Notes on vaccination in the North-West Frontier Province 1923-1928 - 1923-1928
Year: 1923
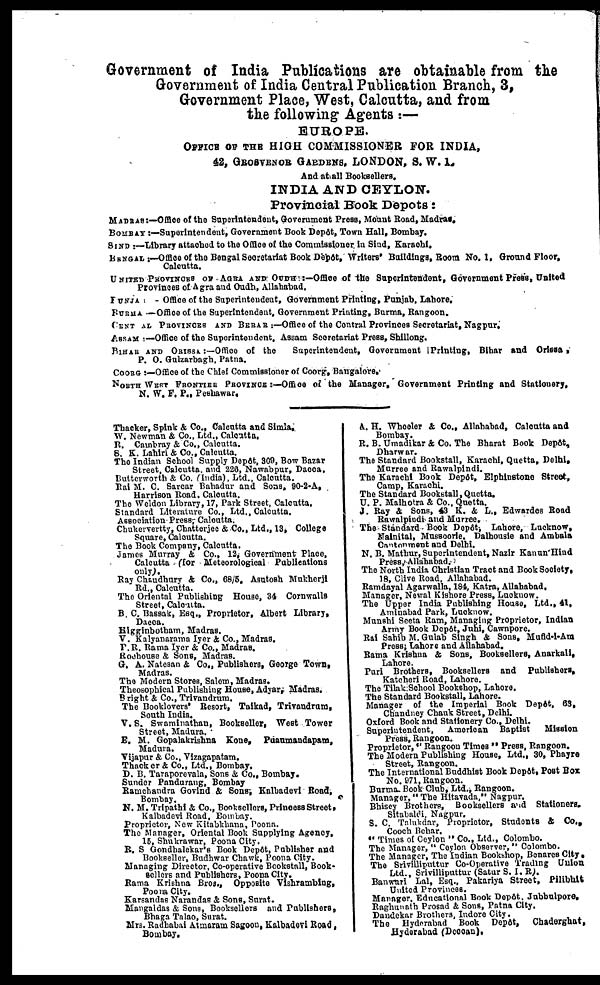
Government of India Publications are obtainable from the
Government of India Central Publication Branch, 3,
Government Place, West, Calcutta, and from
the following Agents :—
EUROPE.
OFFICE OF THE HIGH COMMISSIONER FOR INDIA,
42, GROSVERNOR GARDENS, LONDON, S. W. l.
And at all Booksellers.
INDIA AND CEYLON.
Provincial Book Depots:
MADRAS:—Office of the Superintendent, Government Press, Mount Road, Madras.
BOMBAY :—Superintendent, Government Book Depôt, Town Hall, Bombay.
SIND :—Library attached to the Office of the Commissioner in Sind, Karachi.
BENGAL—Office of the Bengal Secretariat Book Depôt, Writers' Buildings, Boom No. 1, Ground Floor,
Calcutta.
UNITED PROVINCES OF AGRA AND OUND:—Office of the Superintendent, Government Press, United
Provinces of Agra and Oudh, Allahabad.
PUNJAB:— Office of the Superintendent, Government Printing, Punjab, Lahore,
BURMA:—Office of the Superintendent, Government Printing, Burma, Rangoon.
CENTRAL PROVINCES AND BERAR :—Office of the Central Provinces Secretariat, Nagpur,
ASSAM:—Office of the Superintendent. Assam Secretariat Press, Shillong.
BIHAR AND ORISSA :—Office of the
Superintendent, Government Printing, Bihar and Orissa,
P. O. Gulzarbagh, Patna.
COORG :—Office of the Chief Commissioner of Coorg, Bangalore.
NORTH WEST FRONTIER PROVINCE :—Office of the Manager, Government Printing and Stationery,
N. W. F. P., Peshawar.
Thacker, Spink & Co., Calcutta and Simla.
W. Newman & Co., Ltd., Calcutta,
It. Cambray & Co., Calcutta.
S. K. Lahiri & Co., Calcutta.
The Indian School Supply Depôt, 309, Bow Bazar
Street, Calcutta and 226, Nawabpur, Dacca.
Butterworth & Co. (India), Ltd., Calcutta.
Rai M. C. Sarcar Bahadur and Sons. 90-2-A,
Harrison Road. Calcutta.
The Weldon Library, 17, Park Street, Calcutta.
Standard Literature Co., Ltd., Calcutta.
Association Press, Calcutta.
Chukervertty, Chatterjee & Co., Ltd., 13, College
Square, Calcutta.
The Book Company, Calcutta.
James Murray & Co., 12, Government Place,
Calcutta (for Meteorological Publications
only).
Ray Chaudhury & Co., 68/5, Asutosh Mukherji
Rd., Calcutta.
The Oriental Publishing House, 34 Cornwalls
Street, Calcutta.
B. C. Bassak, Esq., Proprietor, Albert Library,
Dacca.
Higginbotham, Madras.
V. Kalyanarama Iyer & Co., Madras.
P.R. Rama Iyer & Co., Madras.
Rochouse & Sons, Madras.
G. A. Natesan & Co., Publishers, George Town,
Madras.
The Modern Stores, Salem, Madras.
Theosophical Publishing House, Adyar, Madras.
Bright & Co., Trivandrum.
The Booklovers' Resort, Talkad, Trivandrum,
South India.
V. S. Swaminathan, Bookseller, West Tower
Street, Madura.
E. M. Gopalakrishna Kone, Pdaumandapam,
Madura.
Vijapur & Co., Vizagapatam.
Thacker & Co., Ltd., Bombay.
D. B. Taraporevala, Sons & Co., Bombay.
Sunder Pandurang, Bombay
Ramchandra Govind & Sons, Kalbadevi Road,
Bombay.
N. M. Tripathi & Co., Booksellers, Princess Street,
Kalbadevi Road, Bombay.
Proprietor, New Kitabkhana, Poona.
The Manager, Oriental Book Supplying Agency,
15, Shukrawar, Poona City.
R. S Gondhalekar's Book Depôt, Publisher and
Bookseller, Budhwar Chawk, Poona City.
Managing Director, Co-operative Bookstall, Book-
sellers and Publishers, Poona City.
Rama Krishna Bros., Opposite Vishrambing,
Poona City.
Karsandas Narandas & Sons, Surat.
Mangaldas & Sons, Booksellers and Publishers,
Bhaga Talao, Surat.
Mrs. Radhabai Atmaram Sagoon, Kalbadevi Road,
Bombay.
A. H. Wheeler & Co., Allahabad, Calcutta and
Bombay.
R. B. Umadikar & Co. The Bharat Book Depôt,
Dharwar.
The Standard Bookstall, Karachi, Quetta, Delhi,
Murree and Rawalpindi.
The Karachi Book Depôt, Elphinstone Street,
Camp, Karachi.
The Standard Bookstall,Quctta.
U. P. Malhotra & Co., Quetta.
J. Ray & Sons, 43 K. & L., Edwardes Road
Rawalpindi and Murree.
The-Standard Book Depôt, Lahore, Lucknow,
Nainital, Mussoorie. Dalhousie and Ambala
Cantonment and Delhi.
N. B. Mathur, Superintendent, Nazir Kanun Hind
Press, Allahabad.
The North India Christian Tract and Book Society,
18, Clive Road, Allahabad.
Ramdayal Agarwalla, 184, Katra, Allahabad.
Manager, Newal Kishore Press, Lucknow.
The Upper India Publishing House, Ltd., 41,
Aminabad Park, Lucknow.
Munshi Seeta Ram, Managing Proprietor, Indian
Army Book Depôt, Juhi, Cawnpore.
Rai Sahib M. Gulab Singh & Sons, Mufid-i-Am
Press, Lahore and Allahabad.
Rama Krishna & Sons, Booksellers, Anarkali,
Lahore.
Puri Brothers, Booksellers and Publishers,
Katcheri Road, Lahore.
The Tilak School Bookshop, Lahore.
The Standard Bookstall, Lahore.
Manager of the Imperial Book Depôt, 63,
Chandney Chauk Street, Delhi.
Oxford Book and Stationery Co., Delhi.
Superintendent,
American Baptist
Mission
Press, Rangoon.
Proprietor, " Rangoon Times " Press, Rangoon.
The Modern Publishing House, Ltd., 30, Phayre
Street, Rangoon.
The International Buddhist Book Depôt, Post Box
No. 971, Rangoon.
Burma Book Club, Ltd., Rangoon.
Manager, " The Hitavada," Nagpur.
Bhisey Brothers, Booksellers and Stationers.
Sitabaldi, Nagpur.
S. C. Talukdar, Proprietor, Students & Co.,
Cooch Behar.
" Times of Ceylon " Co., Ltd., Colombo.
The Manager, " Ceylon Observer, " Colombo.
The Manager, The Indian Bookshop, Benares City.
The Srivilliputtur Co-Operative Trading Union
Ltd., Srivilliputtur (Satur S. I. R).
Banwari Lal, Esq., Pakariya Street, Pilibhit
United Provinces.
Manager, Educational Book Depôt. Jubbulpore.
Raghunath Prosad & Sons, Patna City.
Dandekar Brothers, Indore City.
The Hyderabad Book Depôt,
Chaderghat,
Hyderabad (Deccan).